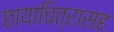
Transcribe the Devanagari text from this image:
छायाचित्रासह